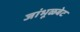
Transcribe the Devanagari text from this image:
जांभूळबेट